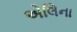
એલિના